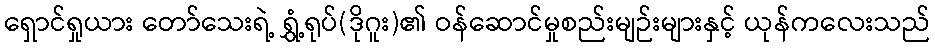
ရှောင်ရှုယား တော်သေးရဲ့ ရွှံ့ရုပ်(ဒိုဂူး)၏ ဝန်ဆောင်မှုစည်းမျဉ်းများနှင့် ယုန်ကလေးသည်